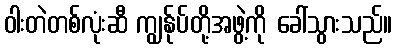
ဝါးတဲတစ်လုံးဆီ ကျွန်ုပ်တို့အဖွဲ့ကို ခေါ်သွားသည်။